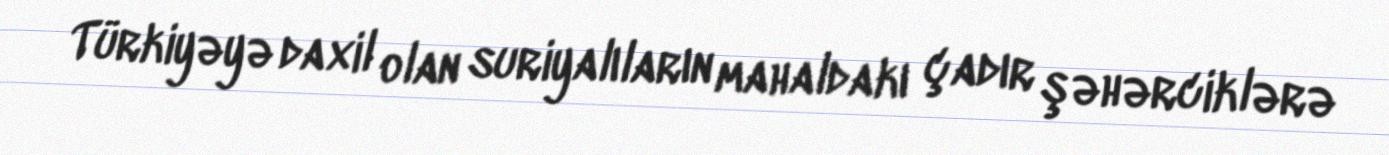
Türkiyəyə daxil olan suriyalıların mahaldakı çadır şəhərciklərə